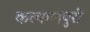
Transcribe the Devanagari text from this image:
कल्याणपुरी